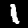
Label: 1